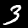
Digit: 3